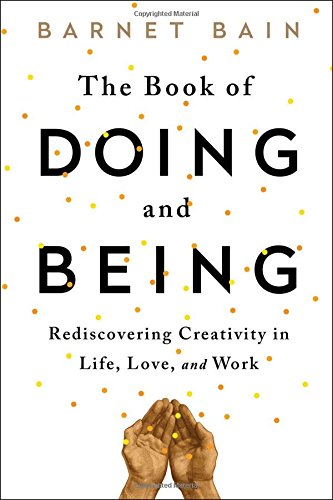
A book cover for The Book of Doing and Being: Rediscovering Creativity in Life, Love, and Work; Barnet Bain; Health, Fitness & Dieting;